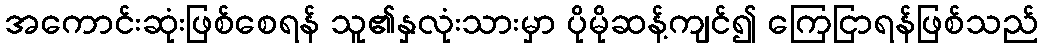
အကောင်းဆုံးဖြစ်စေရန် သူ၏နှလုံးသားမှာ ပိုမိုဆန့်ကျင်၍ ကြေငြာရန်ဖြစ်သည်